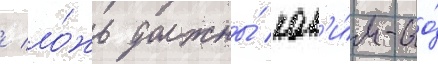
/ ло́жь должны́ как'и́м-то́